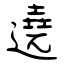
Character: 遶